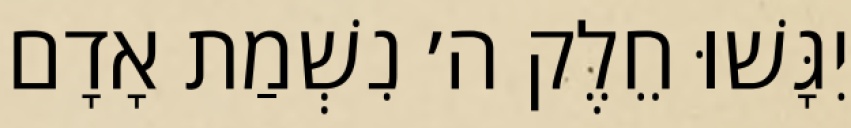
יִגָּשׁוּ חֵלֶק ה׳ נִשְׁמַת אָדָם